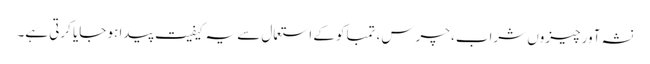
نشہ آور چیزوں شراب، چرس، تمباکو کے استعمال سے یہ کیفیت پیدا ہو جایا کرتی ہے۔